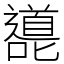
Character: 㘏